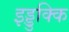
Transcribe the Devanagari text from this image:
इड्डुक्कि